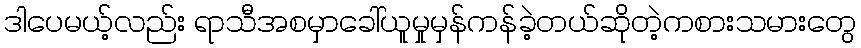
ဒါပေမယ့်လည်း ရာသီအစမှာခေါ်ယူမှုမှန်ကန်ခဲ့တယ်ဆိုတဲ့ကစားသမားတွေ